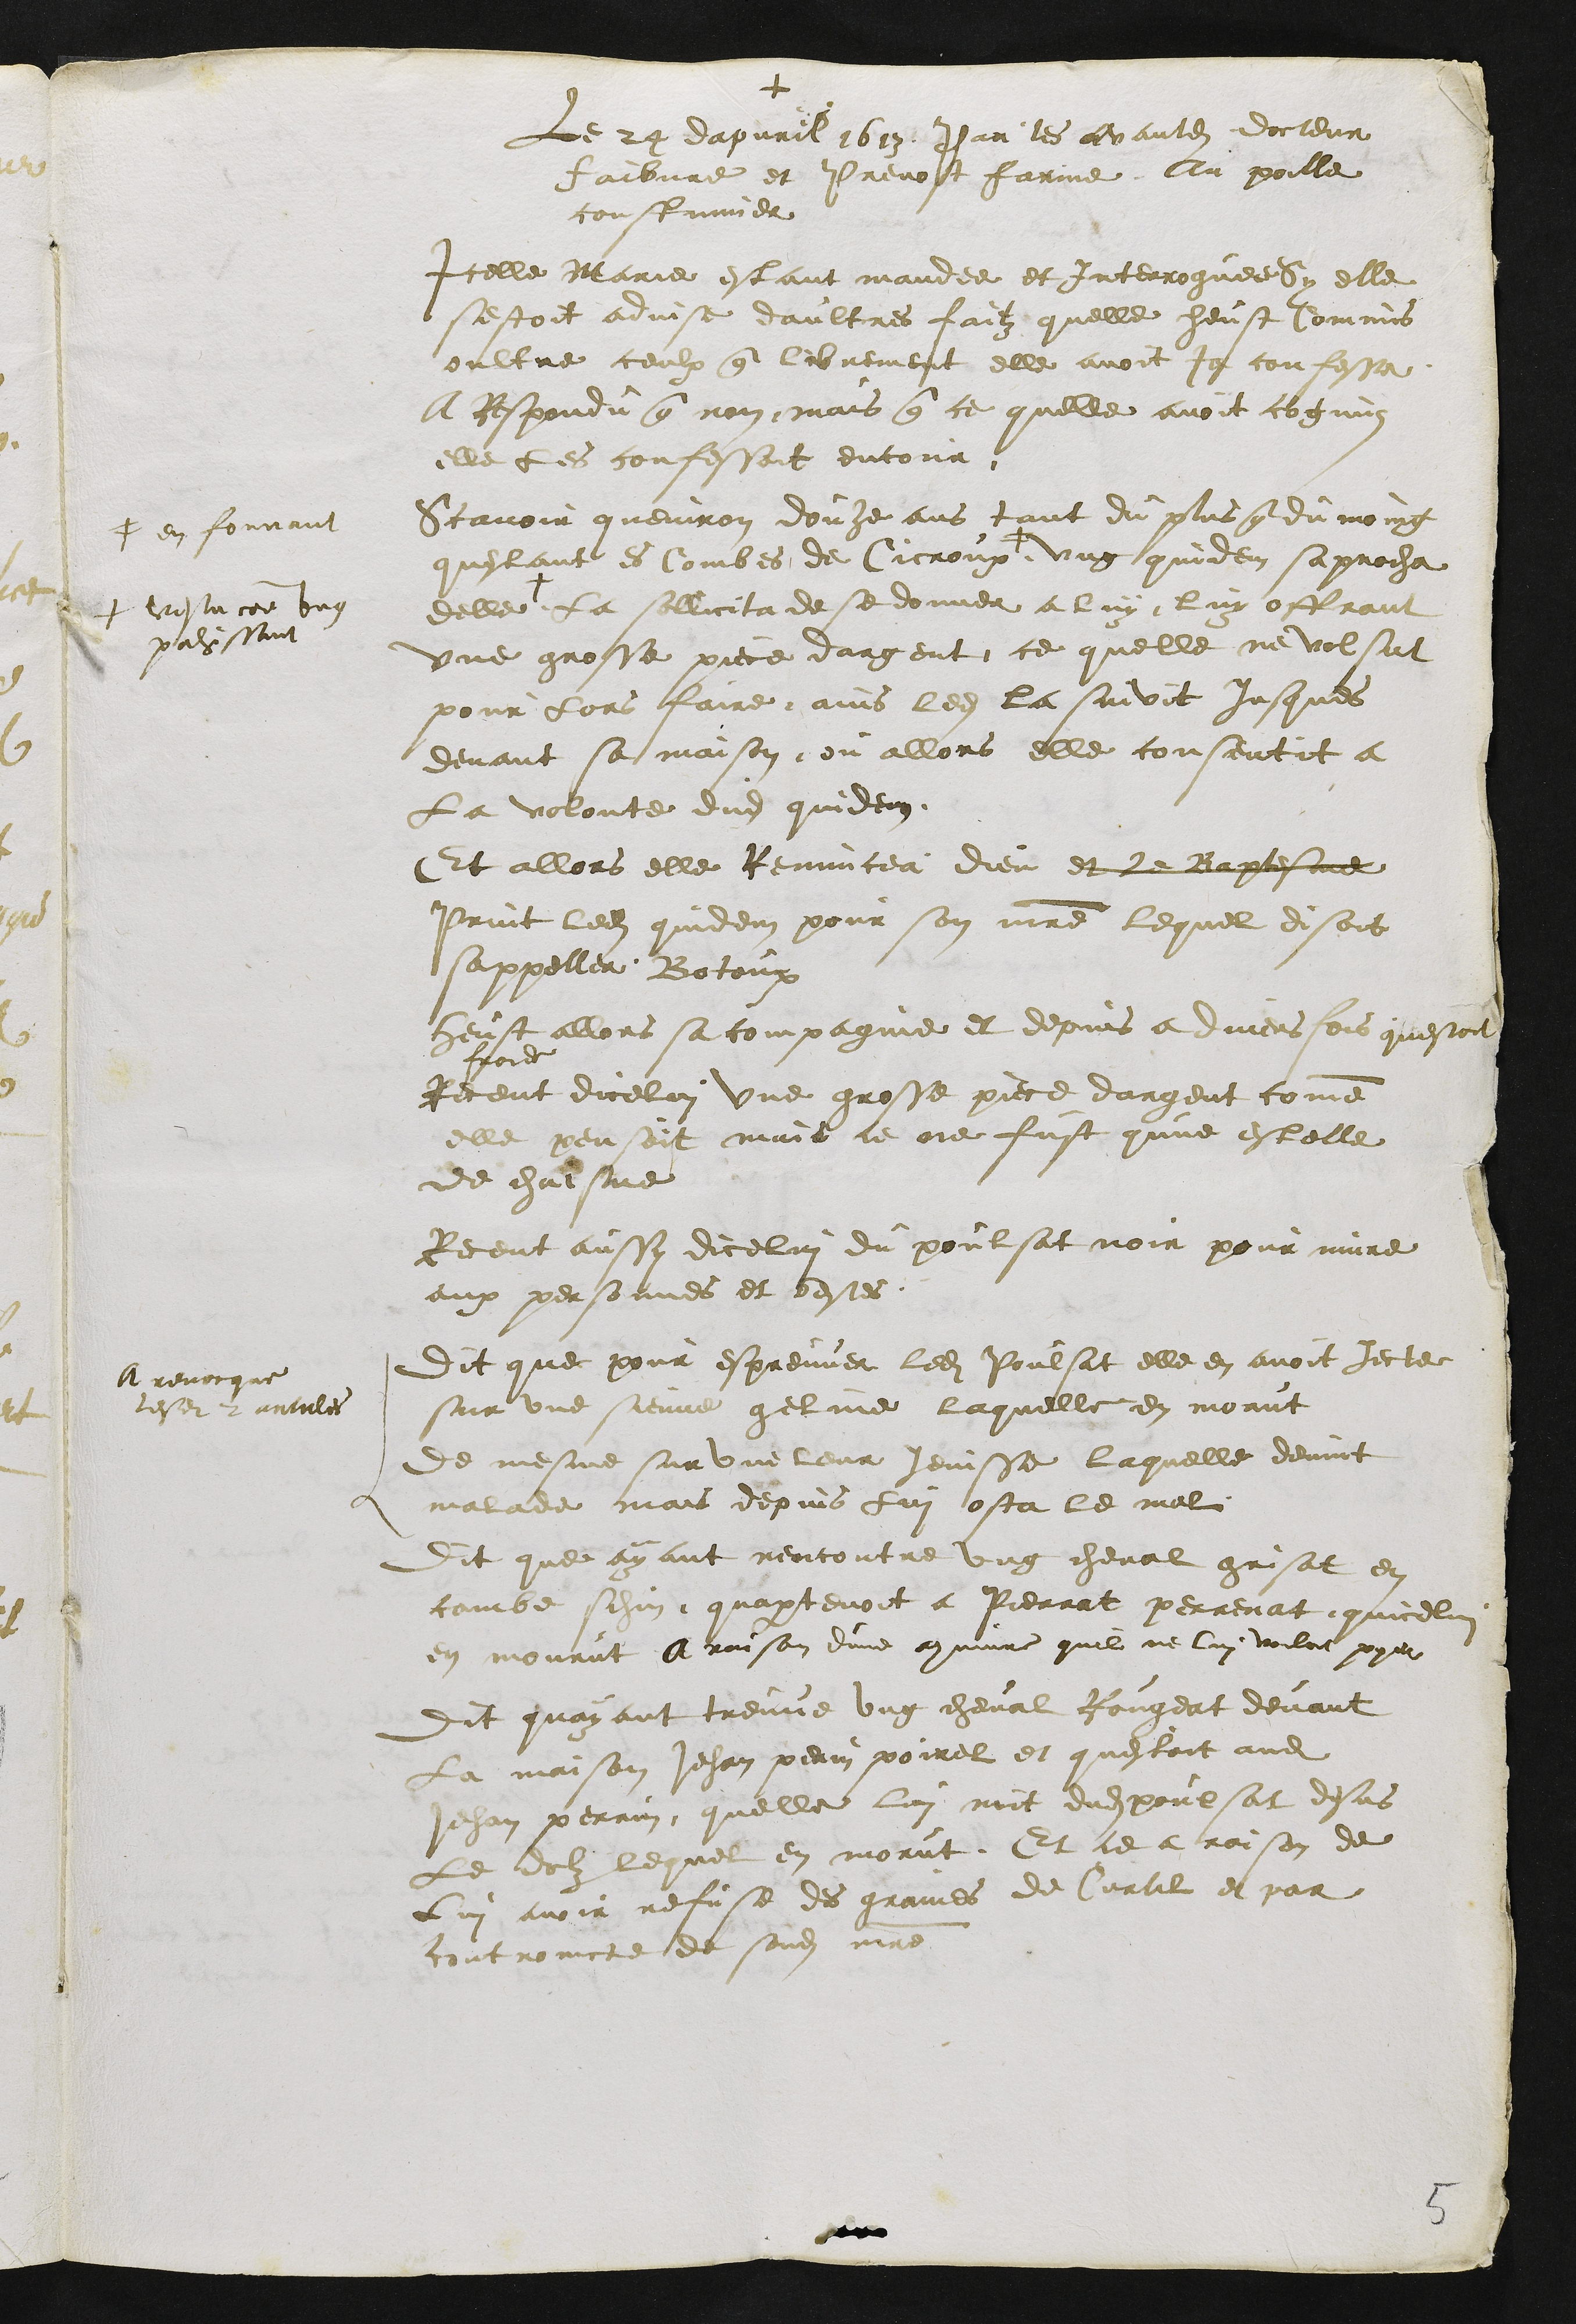
+
Le 24 dapvril 1613 Par les avantdits docteur
faibvre et Prevost farinne Au poille
coustumier
Icelle Marie estant mandee et Interroguee Sy elle
sestoit advise daultres faitz quelle heust Commis
oultre ceulx que librement elle avoit ja confesse
A Respondu que non mais que ce quelle avoit cognuz
elle les confessoit encour
Scavoir queviron douze ans tant du plus que du moing
questant es Combes de Cicroux
#
# en fouvant
ung quidem sapprocha
delle
+
+ vestu comme ung
pahissant
la sollicita de se donner a luy luy offrant
une grosse piece dargent ce quelle ne volsut
pour lors faire ains ledit la suivit jusques
devant sa maison ou allors elle consentit a
La volonte dudit quidem.
Et allors elle Renuncea dieu et le Baptesme
print ledit quidem pour son maitre lequel disoit
sappeller Botoux
heust allors sa compagnie et depuis a divers fois questoit
froide
Receut dicelui une grosse piece dargent comme
elle pensoit mais ce ne fust qune estelle
de chaisne
Receut aussy dicelui du poulsat noir pour nuire
aux personnes et bestes
Dit que pour espreuver ledit Poulsat elle en avoit jecter
sur une sienne geline laquelle en morut
de mesme sur une leur Jenisse laquelle devint
malade mais depuis lui osta le mal
A revocque
lesdits 2 articles
Dit que ayant rencontre ung cheval grissat en
combe schin, quapartenoit a Pierrat perrenat quicelui
en mourut a raison dune commune quil ne lui voulut payer
Dit quayant treuve ung cheval Rougeat devant
la maison Jehan perin poirel et questoit audit
Jehan perrin quelle lui mit dudit poulsat desus
le dolz lequel en morut. Et ce a raison de
Lui avoir refuse des graines de Curtil et par
controincte de sondit maitre